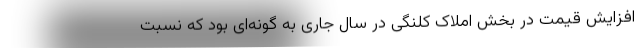
افزایش قیمت در بخش املاک کلنگی در سال جاری به گونه‌ای بود که نسبت